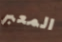
المعبر